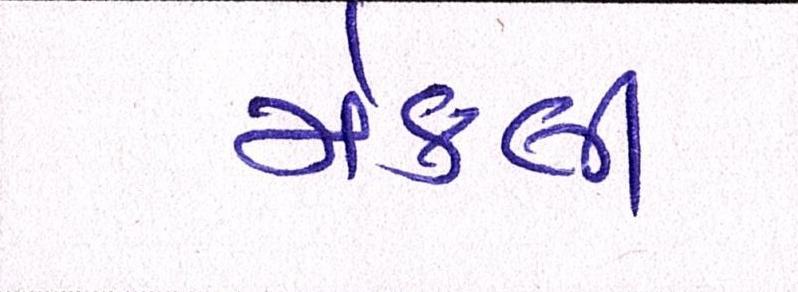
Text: મેકલી